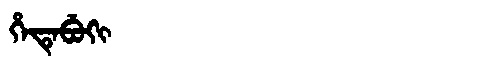
Manchu: ᡥᡝᡨᡝᠪᡠᡴᡳ
Romanization: HETEBUKI